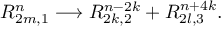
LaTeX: R _ { 2 m , 1 } ^ { n } \longrightarrow R _ { 2 k , 2 } ^ { n - 2 k } + R _ { 2 l , 3 } ^ { n + 4 k } .